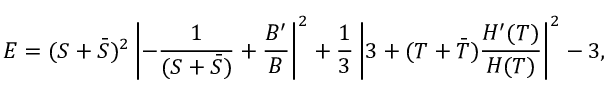
{ \cal E } = ( S + { \bar { S } } ) ^ { 2 } \left| - \frac { 1 } { ( S + { \bar { S } } ) } + \frac { { \cal B } ^ { \prime } } { \cal B } \right| ^ { 2 } + \frac { 1 } { 3 } \left| 3 + ( T + { \bar { T } } ) \frac { H ^ { \prime } ( T ) } { H ( T ) } \right| ^ { 2 } - 3 ,